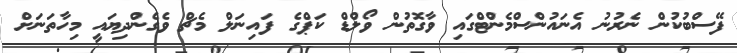
ފޭސްބުކުން ނެރުނު އެނައުންސްމެންޓްގައި ވާގޮތުން ވޯލްޑް ކަޕްގެ ފައިނަލް މެޗް ވެގެންދިޔައީ މިހާތަނަށް